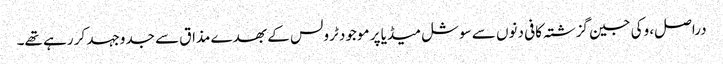
دراصل، وکی جین گزشتہ کافی دنوں سے سوشل میڈیا پر موجود ٹرولس کے بھدے مذاق سے جدوجہد کر رہے تھے۔